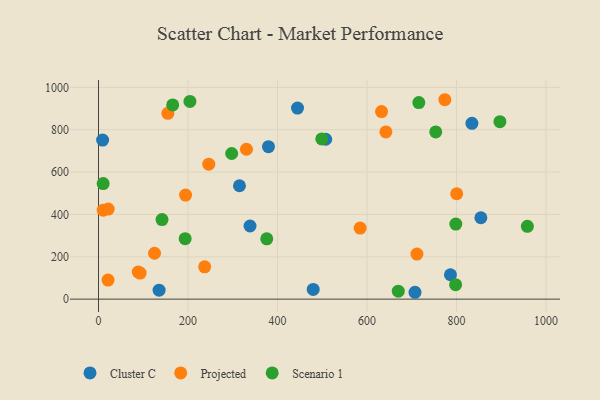
{"axis": {"x": "Investment", "y": "Sales"}, "legend": ["Cluster C", "Projected", "Scenario 1"], "data": [{"x": "379.8", "y": 720.2, "type": "Cluster C"}, {"x": "834.5", "y": 830.4, "type": "Cluster C"}, {"x": "135.4", "y": 42.2, "type": "Cluster C"}, {"x": "338.6", "y": 345.5, "type": "Cluster C"}, {"x": "444.7", "y": 902.2, "type": "Cluster C"}, {"x": "507.7", "y": 755.1, "type": "Cluster C"}, {"x": "786.5", "y": 115.1, "type": "Cluster C"}, {"x": "707.3", "y": 32.4, "type": "Cluster C"}, {"x": "9.2", "y": 751.4, "type": "Cluster C"}, {"x": "479.8", "y": 45.7, "type": "Cluster C"}, {"x": "315.0", "y": 535.5, "type": "Cluster C"}, {"x": "854.5", "y": 384.3, "type": "Cluster C"}, {"x": "711.6", "y": 212.9, "type": "Projected"}, {"x": "21.3", "y": 90.2, "type": "Projected"}, {"x": "330.6", "y": 707.8, "type": "Projected"}, {"x": "10.5", "y": 420.2, "type": "Projected"}, {"x": "237.2", "y": 152.4, "type": "Projected"}, {"x": "93.0", "y": 123.0, "type": "Projected"}, {"x": "774.0", "y": 941.8, "type": "Projected"}, {"x": "155.0", "y": 877.7, "type": "Projected"}, {"x": "642.2", "y": 789.5, "type": "Projected"}, {"x": "88.8", "y": 128.1, "type": "Projected"}, {"x": "632.5", "y": 885.9, "type": "Projected"}, {"x": "584.7", "y": 335.8, "type": "Projected"}, {"x": "125.2", "y": 216.6, "type": "Projected"}, {"x": "800.4", "y": 497.7, "type": "Projected"}, {"x": "21.6", "y": 425.3, "type": "Projected"}, {"x": "194.5", "y": 491.3, "type": "Projected"}, {"x": "246.4", "y": 637.6, "type": "Projected"}, {"x": "376.0", "y": 284.7, "type": "Scenario 1"}, {"x": "141.9", "y": 375.7, "type": "Scenario 1"}, {"x": "715.8", "y": 928.3, "type": "Scenario 1"}, {"x": "498.9", "y": 756.7, "type": "Scenario 1"}, {"x": "897.0", "y": 838.1, "type": "Scenario 1"}, {"x": "193.6", "y": 285.5, "type": "Scenario 1"}, {"x": "958.4", "y": 343.9, "type": "Scenario 1"}, {"x": "10.4", "y": 545.9, "type": "Scenario 1"}, {"x": "297.6", "y": 687.9, "type": "Scenario 1"}, {"x": "669.9", "y": 37.4, "type": "Scenario 1"}, {"x": "753.6", "y": 789.7, "type": "Scenario 1"}, {"x": "798.0", "y": 68.5, "type": "Scenario 1"}, {"x": "204.3", "y": 933.7, "type": "Scenario 1"}, {"x": "798.5", "y": 354.4, "type": "Scenario 1"}, {"x": "165.8", "y": 917.3, "type": "Scenario 1"}]}